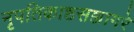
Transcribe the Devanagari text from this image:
नृपतिकाष्ठसञ्जागरे